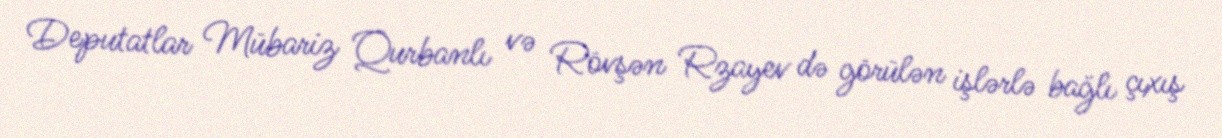
Deputatlar Mübariz Qurbanlı və Rövşən Rzayev də görülən işlərlə bağlı çıxış